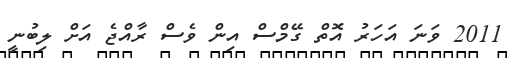
2011 ވަނަ އަހަރު އޮތް ގޭމްސް އިން ވެސް ރާއްޖެ އަށް ލިބުނީ